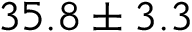
3 5 . 8 \pm { 3 . 3 }